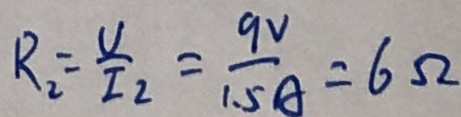
R _ { 2 } = \frac { V } { I _ { 2 } } = \frac { 9 V } { 1 . 5 A } = 6 \Omega